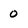
Character: 0